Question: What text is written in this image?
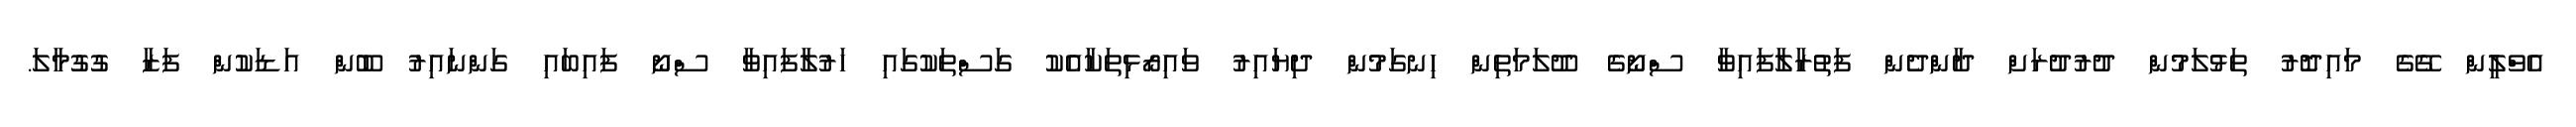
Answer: އެވްލީން ގޭގެ މައިދޮރު ތަޅުލަމުން ދުރުދުރަށް ދާންދެން ފަތުރާލާފައިވާ ސްނޯގެ ދޫލަމަތިން ހިނގަމުން ދިޔައިރު ވައިރޯޅިތަކާއެކު ގަސްތަކުގައި ހަރުލާފައިވާ ސްނޯ ފައިބައި ގަންނައިރު ބޫން އަޑަކުން ފަޒާ ގުގުމާލަ.